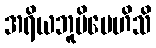
အရိယဘူမိမေဟိသိ